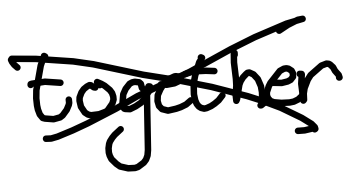
Text: together
Cross-out: cross
Writing tool: digital_black